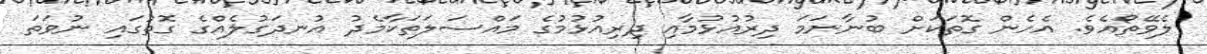
ލެވޭތޯއެވެ. އެހެން ގޮތަކަށް ބުނާނަމަ ދިރުއުޅުމާއި ދިރިއުޅުމުގެ މައްސަލަތަކާމެދު އުނދަގުލެއްގެ ގޮތުގައި ނުވަތަ